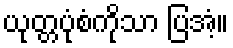
ယုတ္တပုံစံကိုသာ ပြအံ့။